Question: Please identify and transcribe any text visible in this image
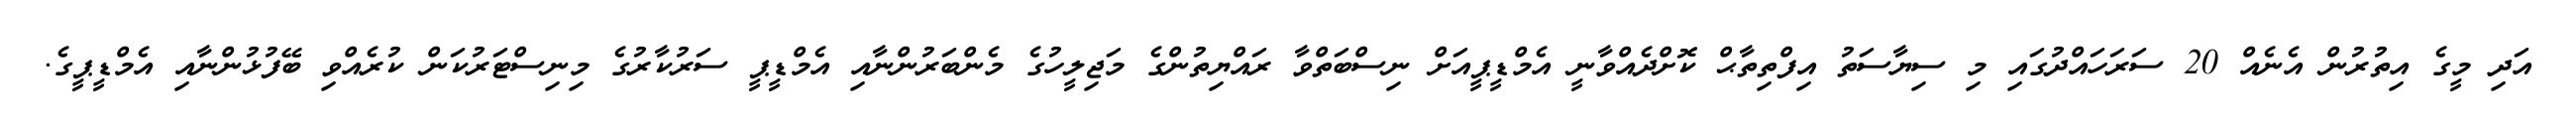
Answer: އަދި މީގެ އިތުރުން އެނެއް 20 ސަރަހައްދުގައި މި ސިޔާސަތު އިފްތިތާޙް ކޮށްދެއްވާނީ އެމްޑީޕީއަށް ނިސްބަތްވާ ރައްޔިތުންގެ މަޖިލީހުގެ މެންބަރުންނާއި އެމްޑީޕީ ސަރުކާރުގެ މިނިސްޓަރުކަން ކުރެއްވި ބޭފުޅުންނާއި އެމްޑީޕީގެ.